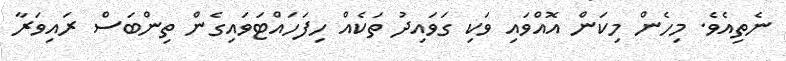
ނެތިއެވެ. މިހެން މިކަން އޮއްވައި ވަކި ގަވައިދު ތަކެއް ހިފަހައްޓަވައިގެން ތިންބަސް ރައިވަރާ